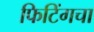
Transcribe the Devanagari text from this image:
फिटिंगचा